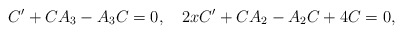
\begin{align*}C^{\prime}+CA_{3}-A_{3}C=0,\ \ \ 2xC^{\prime}+CA_{2}-A_{2}C+4C=0,\end{align*}